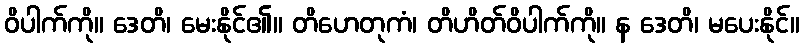
ဝိပါက်ကို။ ဒေတိ၊ မေးနိုင်၏။ တိဟေတုကံ၊ တိဟိတ်ဝိပါက်ကို။ န ဒေတိ၊ မပေးနိုင်။